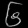
Digit: ၆